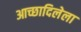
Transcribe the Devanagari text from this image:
आच्छादिलेला